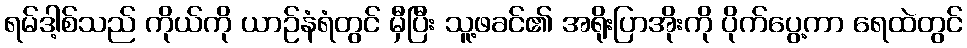
ရမ်ဒါ့စ်သည် ကိုယ်ကို ယာဉ်နံရံတွင် မှီပြီး သူ့ဖခင်၏ အရိုးပြာအိုးကို ပိုက်ပွေ့ကာ ရေထဲတွင်